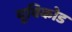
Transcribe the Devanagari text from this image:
यूविकोड